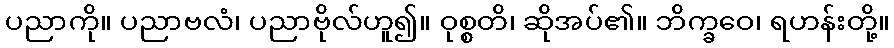
ပညာကို။ ပညာဗလံ၊ ပညာဗိုလ်ဟူ၍။ ဝုစ္စတိ၊ ဆိုအပ်၏။ ဘိက္ခဝေ၊ ရဟန်းတို့။